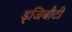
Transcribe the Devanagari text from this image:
ड्जिबौटी